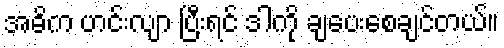
အဓိက ဟင်းလျာ ပြီးရင် ဒါကို ချပေးစေချင်တယ်။